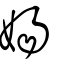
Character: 婸